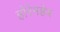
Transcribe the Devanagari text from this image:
होरेमहेब